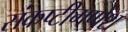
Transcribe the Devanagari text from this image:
संकष्टीगणेश